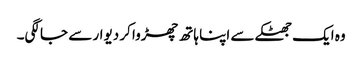
وہ ایک جھٹکے سے اپنا ہاتھ چھڑوا کر دیوار سے جا لگی۔